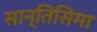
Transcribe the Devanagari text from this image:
सान्तिसिमा